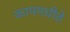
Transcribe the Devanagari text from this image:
काममधीते